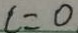
L = O